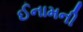
ઈનામની